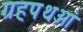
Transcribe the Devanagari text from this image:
ग्रहपथओं